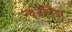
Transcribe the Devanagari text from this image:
न्यूजीलैंडर